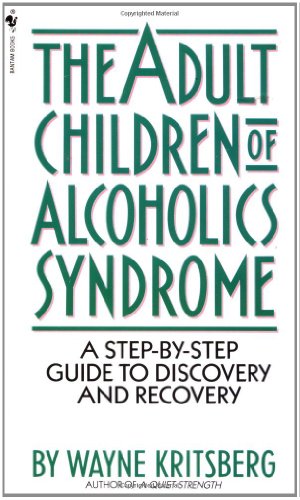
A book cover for Adult Children of Alcoholics Syndrome: A Step By Step Guide To Discovery And Recovery; Wayne Kritsberg; Health, Fitness & Dieting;